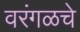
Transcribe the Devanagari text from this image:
वरंगळचे